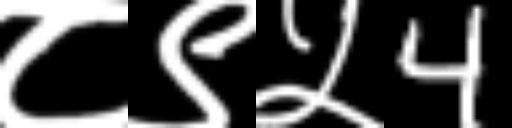
Text: ८९५4